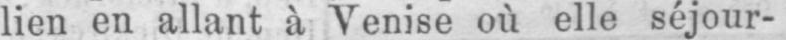
lien en allant à Venise où elle séjour-